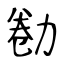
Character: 勌